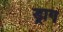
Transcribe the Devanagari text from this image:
ड्राग